Lunatic asylums Central Provinces reports 1886-1894 - 1886-1894
Year: 1886
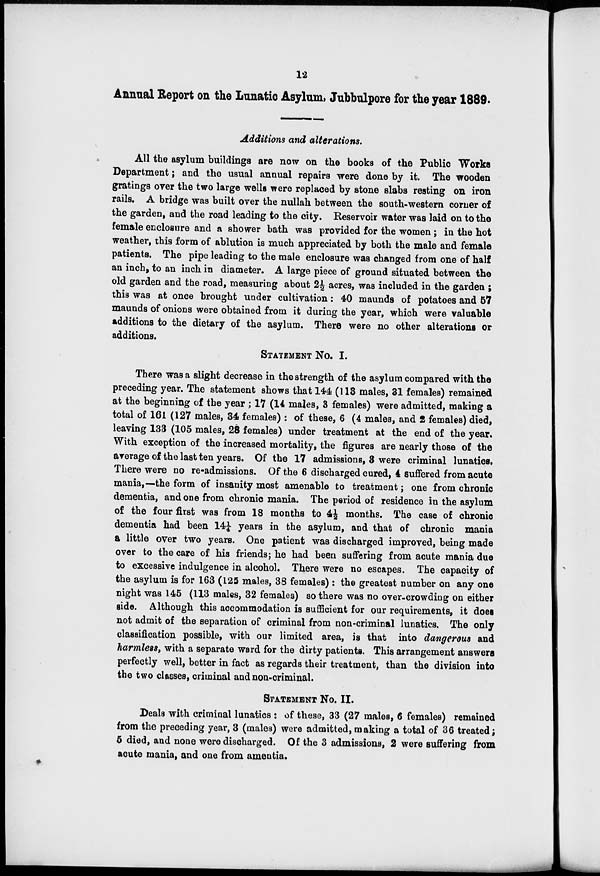
12
Annual Report on the Lunatic Asylum, Jubbulpore for the year 1889.
Additions and alterations.
All the asylum buildings are now on the books of the Public Works
Department; and the usual annual repairs were done by it. The wooden
gratings over the two large wells were replaced by stone slabs resting on iron
rails. A bridge was built over the nullah between the south-western corner of
the garden, and the road leading to the city. Reservoir water was laid on to the
female enclosure and a shower bath was provided for the women ; in the hot
weather, this form of ablution is much appreciated by both the male and female
patients. The pipe leading to the male enclosure was changed from one of half
an inch, to an inch in diameter. A large piece of ground situated between the
old garden and the road, measuring about 2 1/2 acres, was included in the garden ;
this was at once brought under cultivation: 40 maunds of potatoes and 57
maunds of onions were obtained from it during the year, which were valuable
additions to the dietary of the asylum. There were no other alterations or
additions.
STATEMENT No. I.
There was a slight decrease in the strength of the asylum compared with the
preceding year. The statement shows that 144 (113 males, 31 females) remained
at the beginning of the year ; 17 (14 males, 3 females) were admitted, making a
total of 161 (127 males, 34 females) : of these, 6 (4 males, and 2 females) died,
leaving 133 (105 males, 28 females) under treatment at the end of the year.
With exception of the increased mortality, the figures are nearly those of the
average of the last ten years. Of the 17 admissions, 3 were criminal lunatics.
There were no re-admissions. Of the 6 discharged cured, 4 suffered from acute
mania,—the form of insanity most amenable to treatment; one from chronic
dementia, and one from chronic mania. The period of residence in the asylum
of the four first was from 18 months to 4 ½ months. The case of chronic
dementia had been 14 ¼ years in the asylum, and that of chronic mania
a little over two years. One patient was discharged improved, being made
over to the care of his friends; he had been suffering from acute mania due
to excessive indulgence in alcohol. There were no escapes. The capacity of
the asylum is for 163 (125 males, 38 females) : the greatest number on any one
night was 145 (113 males, 32 females) so there was no over-crowding on either
side. Although this accommodation is sufficient for our requirements, it does
not admit of the separation of criminal from non-criminal lunatics. The only
classification possible, with our limited area, is that into dangerous and
harmless, with a separate ward for the dirty patients. This arrangement answers
perfectly well, better in fact as regards their treatment, than the division into
the two classes, criminal and non-criminal.
STATEMENT No. II.
Deals with criminal lunatics : of these, 33 (27 males, 6 females) remained
from the preceding year, 3 (males) were admitted, making a total of 36 treated;
5 died, and none were discharged. Of the 3 admissions, 2 were suffering from
acute mania, and one from amentia.